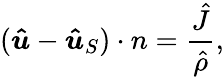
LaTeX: (\boldsymbol{\hat{u}}-\boldsymbol{\hat{u}}_{S})\cdot n=\frac{\hat{J}}{\hat{\rho}},